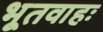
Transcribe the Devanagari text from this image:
भूतवाहः